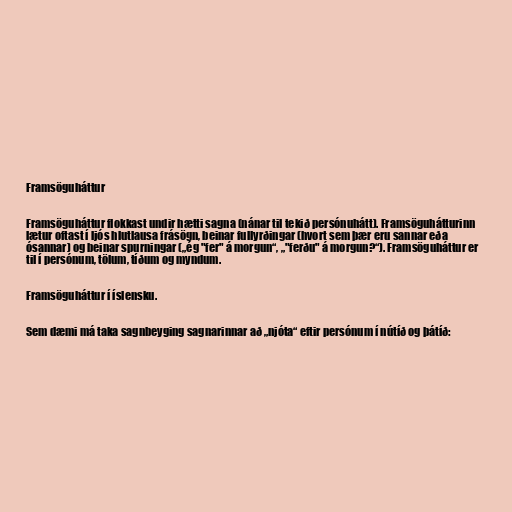
Framsöguháttur

Framsöguháttur flokkast undir hætti sagna (nánar til tekið persónuhátt). Framsöguhátturinn
lætur oftast í ljós hlutlausa frásögn, beinar fullyrðingar (hvort sem þær eru sannar eða
ósannar) og beinar spurningar („ég "fer" á morgun“, „"ferðu" á morgun?“). Framsöguháttur er
til í persónum, tölum, tíðum og myndum.

Framsöguháttur í íslensku.

Sem dæmi má taka sagnbeyging sagnarinnar að „njóta“ eftir persónum í nútíð og þátíð: